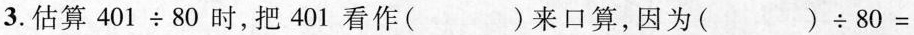
3.估算$$4 0 1 \div 8 0$$时，把401看作( )来口算，因为( ) $$\div 8 0 =